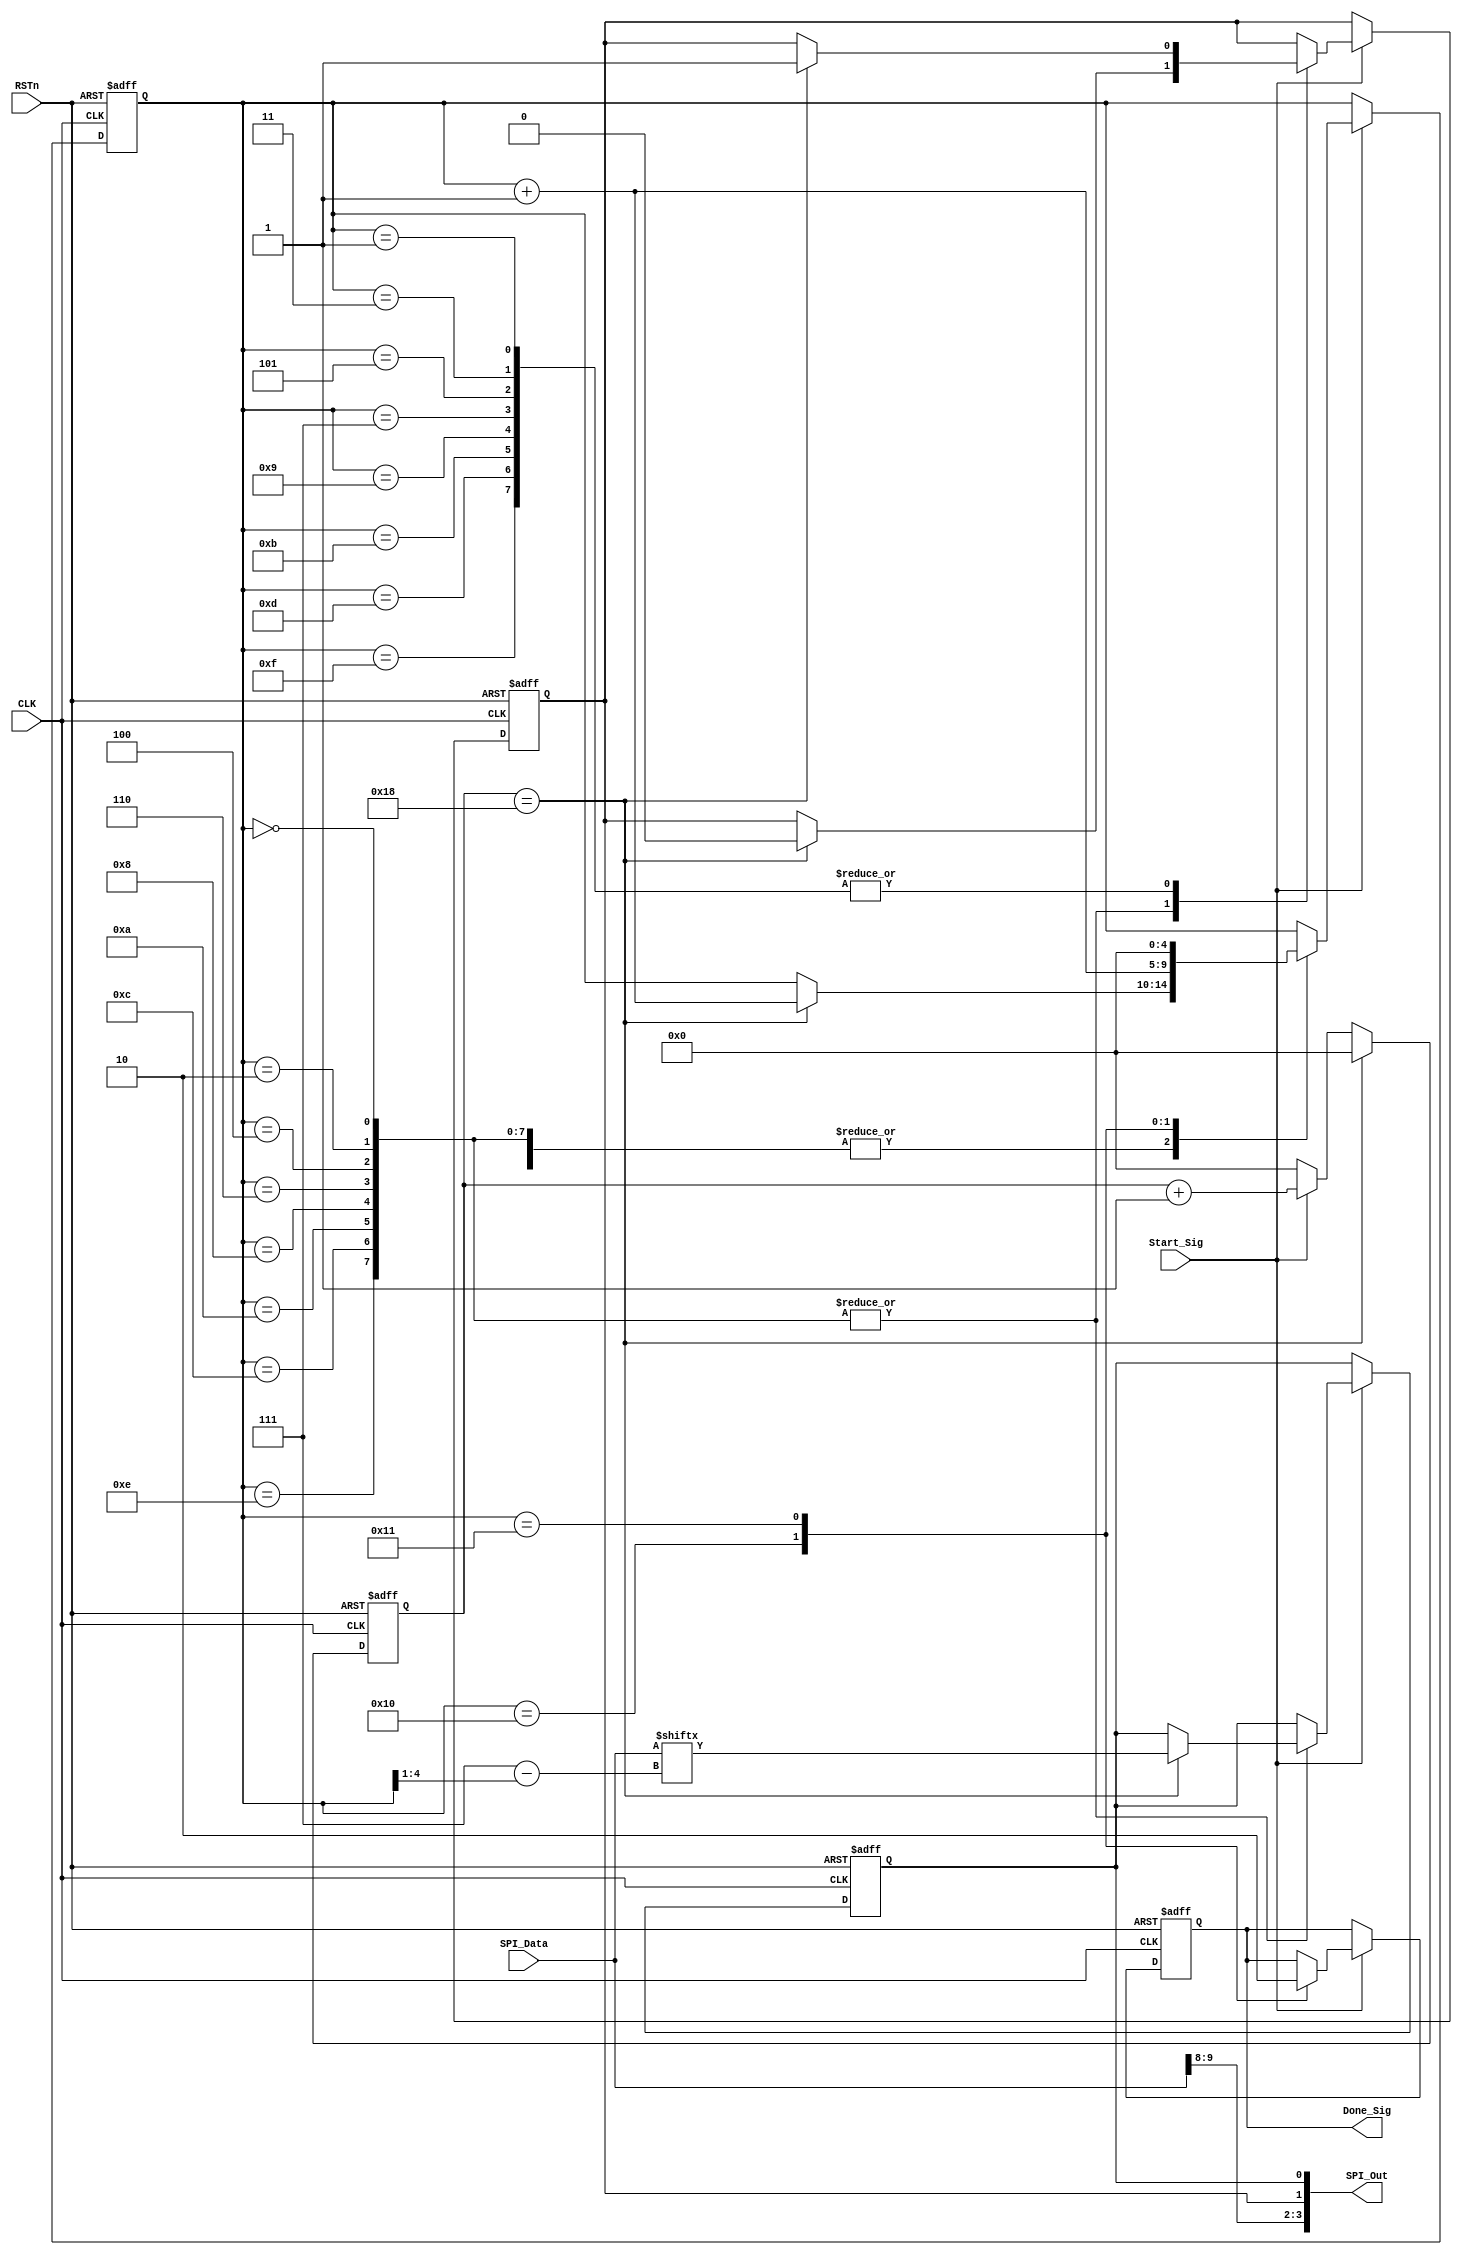
module spi_write_module
(
    CLK, RSTn,
	 Start_Sig,
	 SPI_Data,
	 Done_Sig,
	 SPI_Out
);

    input CLK;
	 input RSTn;
	 input Start_Sig;
	 input [9:0]SPI_Data;
	 output Done_Sig;
	 output [3:0]SPI_Out; // [3]CS [2]A0 [1]CLK [0]DO
	 
	 /*****************************/
	 
	 parameter T0P5US = 5'd24;//50M*(0.5e-6)-1=24
	 
	 /*****************************/
	 
	 reg [4:0]Count1;
	 
	 always @ ( posedge CLK or negedge RSTn )
        if( !RSTn )
		      Count1 <= 5'd0;
		  else if( Count1 == T0P5US )  
		      Count1 <= 5'd0;
		  else if( Start_Sig )
		      Count1 <= Count1 + 1'b1;
		  else
		      Count1 <= 5'd0;
 	 
	 /*****************************/
	 
	 reg [4:0]i;
	 reg rCLK;
	 reg rDO;
	 reg isDone;
	 
	 always @ ( posedge CLK or negedge RSTn )
	     if( !RSTn )
		      begin
		           i <= 5'd0;
					  rCLK <= 1'b1;
					  rDO <= 1'b0;
					  isDone <= 1'b0;
			   end
		  else if( Start_Sig )
		      case( i )
				    
					 5'd0, 5'd2, 5'd4, 5'd6, 5'd8, 5'd10, 5'd12, 5'd14:
					 if( Count1 == T0P5US ) begin rCLK <= 1'b0; rDO <= SPI_Data[ 7 - ( i >> 1) ]; i <= i + 1'b1; end
					
					 5'd1, 5'd3, 5'd5, 5'd7, 5'd9, 5'd11, 5'd13, 5'd15 :
					 if( Count1 == T0P5US ) begin rCLK <= 1'b1; i <= i + 1'b1; end
					 
					 5'd16:
					 begin isDone <= 1'b1; i <= i + 1'b1; end
					 
					 5'd17:
					 begin isDone <= 1'b0; i <= 5'd0; end
				
				endcase
				
    /*******************************************/
	 
	 assign Done_Sig = isDone;
    assign SPI_Out = { SPI_Data[9], SPI_Data[8], rCLK, rDO };
	 
	 /*******************************************/
	 
endmodule